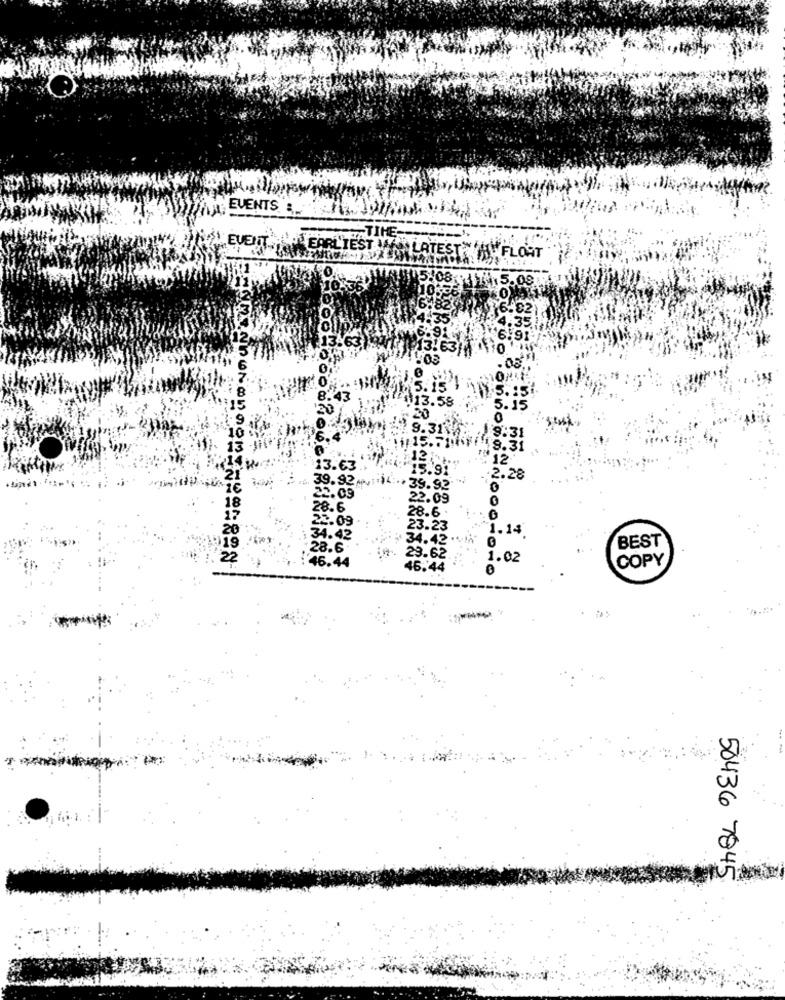
;EVENTS ,
EARLIEST MAN LATE
A FLOTT
5.09
on
43
3.58
0
9.
9:31
15.
18.31
2000-50000000
121
12
13.63
39.92M
2.28
39.92
10
22.09
28.6
28.6
2.09
3.23
1.14
.42
34.42 .
BEST
28.6
46.44
29.62
1.02
COPY
46.44
0
50436 7845